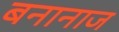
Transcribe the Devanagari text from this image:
बनानाज